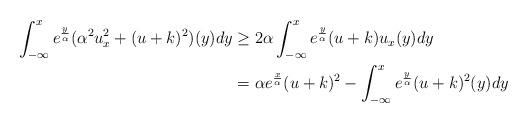
LaTeX: \begin{align*}\int_{-\infty}^{x}e^{\frac{y}{\alpha}}(\alpha^2 u_x^2+ (u+k)^2)(y)dy&\geq 2\alpha \int_{-\infty}^{x}e^{\frac{y}{\alpha}}(u+k)u_x(y)dy \\&= \alpha e^{\frac{x}{\alpha}}(u+k)^2 - \int_{-\infty}^{x}e^{\frac{y}{\alpha}}(u+k)^2(y)dy\end{align*}